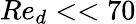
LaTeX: Re_{d}<<70